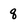
Character: q